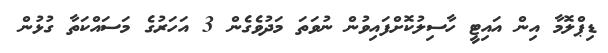
ޑިޕްލޮމާ އިން އައިޓީ ހާސިލުކޮށްފައިވުން ނުވަތަ މަދުވެގެން 3 އަހަރުގެ މަސައްކަތާ ގުޅުން